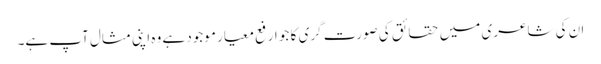
ان کی شاعری میں حقائق کی صورت گری کا جو ارفع معیار موجود ہے وہ اپنی مثال آپ ہے۔